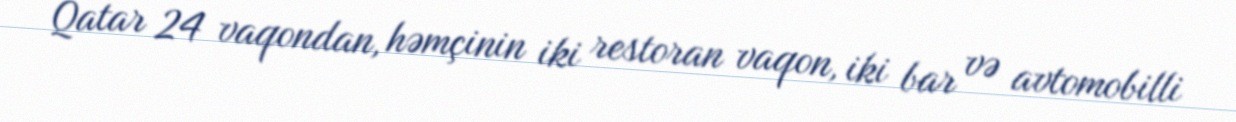
Qatar 24 vaqondan, həmçinin iki restoran vaqon, iki bar və avtomobilli